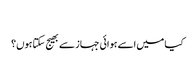
‬
‫کیا میں اسے ہوائی جہاز سے بھیج سکتا ہوں؟